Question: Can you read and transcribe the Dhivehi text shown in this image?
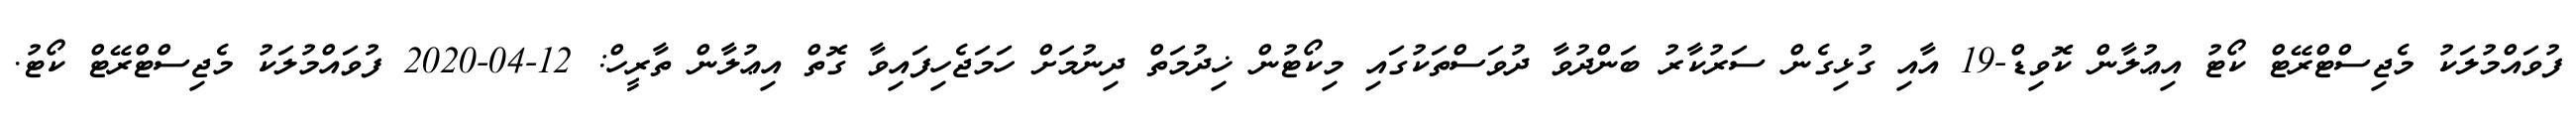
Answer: ފުވައްމުލަކު މެޖިސްޓްރޭޓް ކޯޓު އިޢުލާން ކޮވިޑް-19 އާއި ގުޅިގެން ސަރުކާރު ބަންދުވާ ދުވަސްތަކުގައި މިކޯޓުން ޚިދުމަތް ދިނުމަށް ހަމަޖެހިފައިވާ ގޮތް އިޢުލާން ތާރީހް: 12-04-2020 ފުވައްމުލަކު މެޖިސްޓްރޭޓް ކޯޓު.